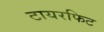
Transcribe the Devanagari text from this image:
टायरफिट